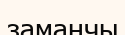
заманчы